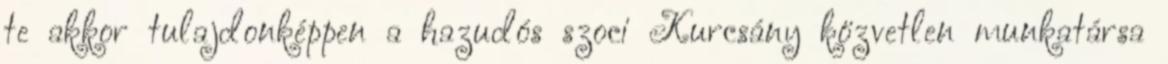
te akkor tulajdonképpen a hazudós szoci Kurcsány közvetlen munkatársa